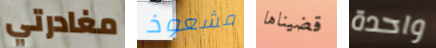
مغادرتي مشعوذ قضيناها واحدة